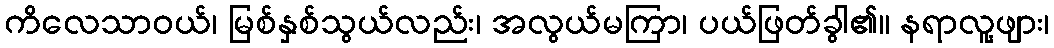
ကိလေသာဝယ်၊ မြစ်နှစ်သွယ်လည်း၊ အလွယ်မကြာ၊ ပယ်ဖြတ်ခွါ၏၊၊ နရာလူ့ဖျား၊